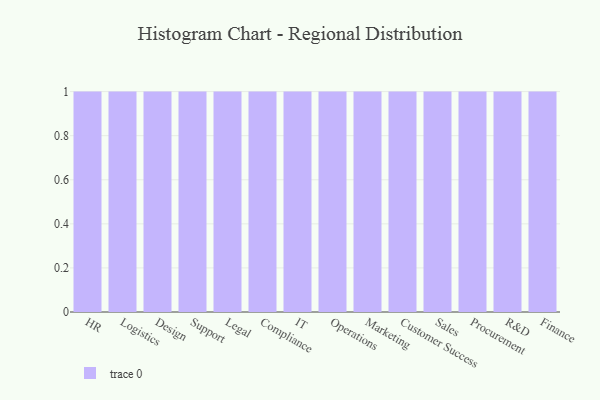
{"axis": {"x": "Department", "y": "Page Views"}, "legend": [""], "data": [{"x": "HR", "y": 14, "type": ""}, {"x": "Logistics", "y": 1, "type": ""}, {"x": "Design", "y": 56, "type": ""}, {"x": "Support", "y": 59, "type": ""}, {"x": "Legal", "y": 4, "type": ""}, {"x": "Compliance", "y": 92, "type": ""}, {"x": "IT", "y": 63, "type": ""}, {"x": "Operations", "y": 1, "type": ""}, {"x": "Marketing", "y": 68, "type": ""}, {"x": "Customer Success", "y": 53, "type": ""}, {"x": "Sales", "y": 86, "type": ""}, {"x": "Procurement", "y": 71, "type": ""}, {"x": "R&D", "y": 33, "type": ""}, {"x": "Finance", "y": 56, "type": ""}]}